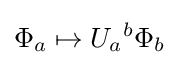
\Phi _{a}\mapsto U_{a}{}^{b}\Phi _{b}